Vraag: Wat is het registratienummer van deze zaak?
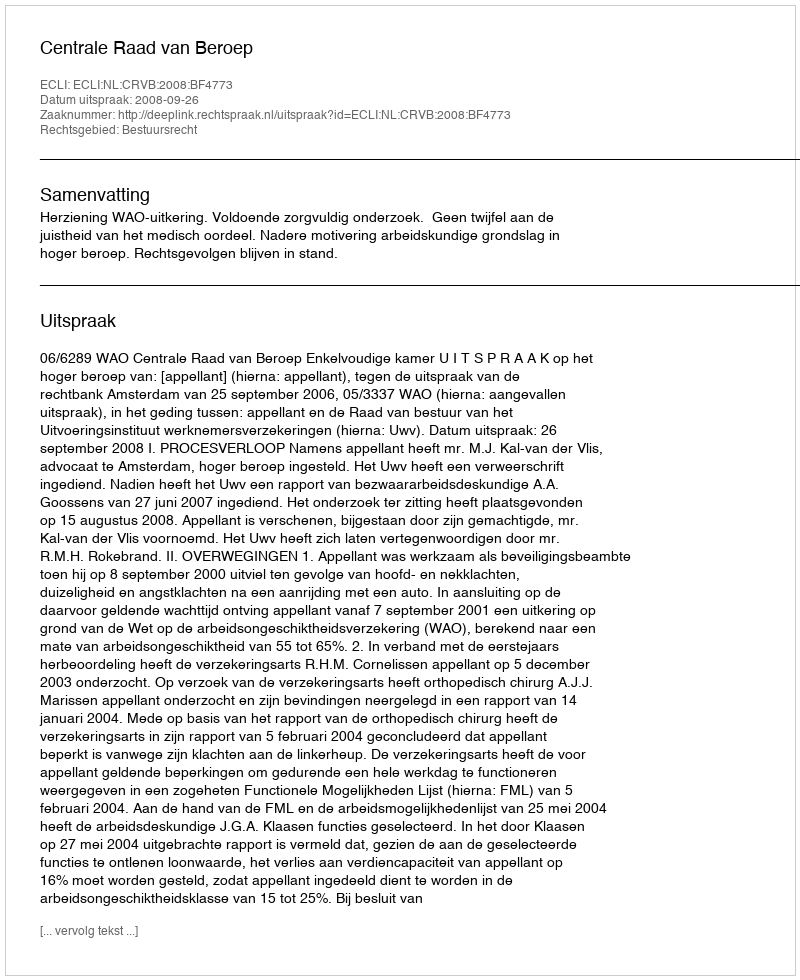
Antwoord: http://deeplink.rechtspraak.nl/uitspraak?id=ECLI:NL:CRVB:2008:BF4773